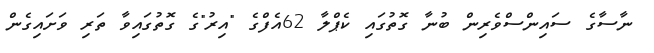
ނާސާގެ ސައިންސްވެރިން ބުނާ ގޮތުގައި ކެޕްލާ 62އެފްގެ "އިރު"ގެ ގޮތުގައިވާ ތަރި ވަށައިގެން